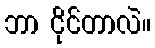
ဘာ ငိုင်တာလဲ။